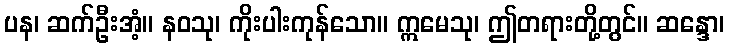
ပန၊ ဆက်ဦးအံ့။ နဝသု၊ ကိုးပါးကုန်သော။ ဣမေသု၊ ဤတရားတို့တွင်။ ဆန္ဒော၊